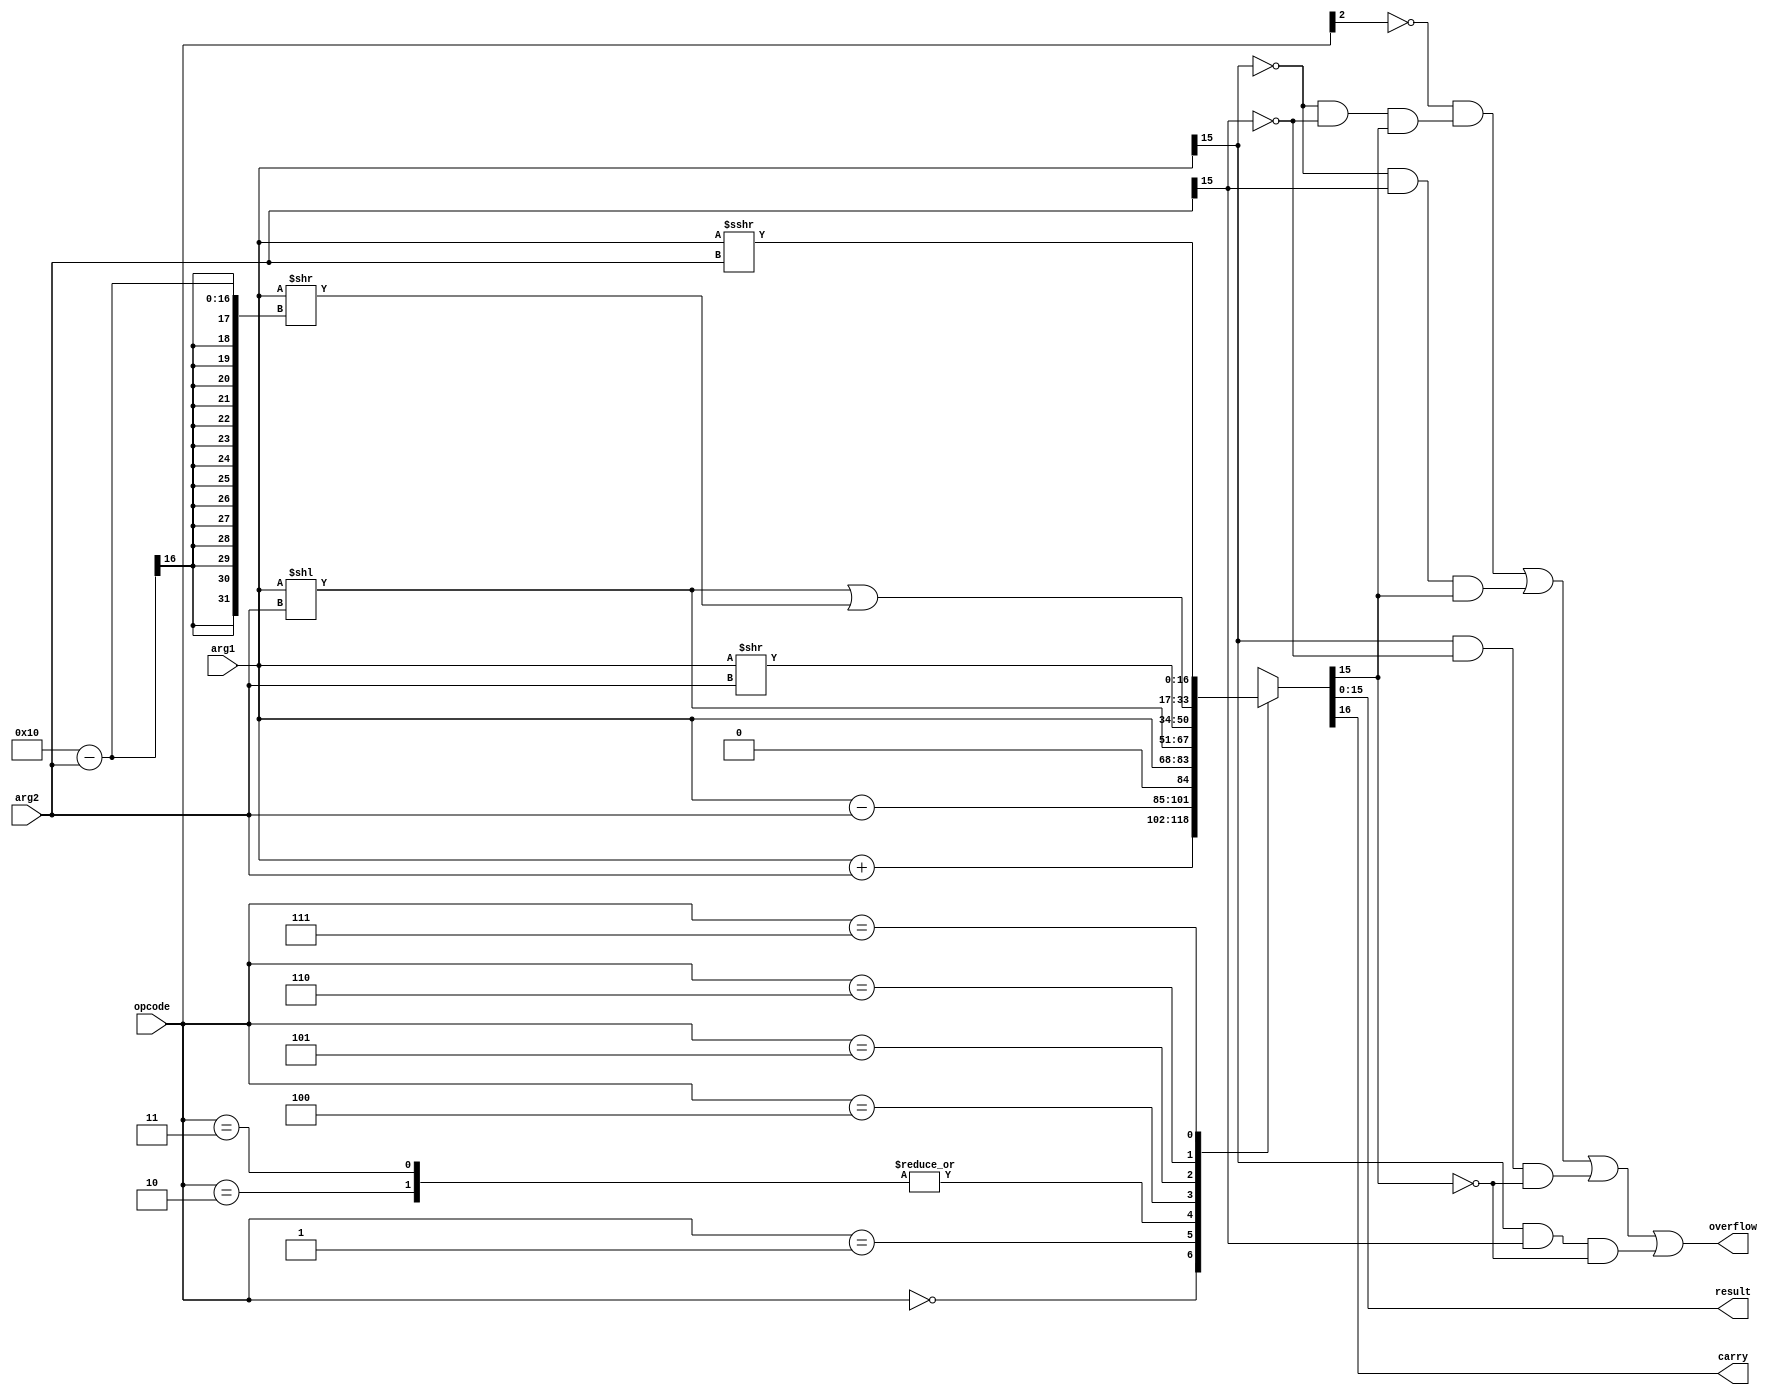
module au(
    input wire [2:0] opcode,
    input wire [15:0] arg1,
    input wire [15:0] arg2,
    output wire [15:0] result,
    output wire carry,
    output wire overflow);

wire signed [15:0] arg1s = arg1;

reg [16:0] tmp_out;

always @(*) begin
    case (opcode)
        3'b000:  tmp_out = arg1 + arg2;   // ADD
        3'b001:  tmp_out = arg1 - arg2;   // SUB
        3'b010:  tmp_out = arg1;          // NOP (handled elsewhere)
        3'b011:  tmp_out = arg1;          // NOP (handled elsewhere)
        3'b100:  tmp_out = arg1 << arg2;  // SHL
        3'b101:  tmp_out = arg1 >> arg2;  // SHR
        3'b110:  tmp_out = (arg1 << arg2) | (arg1 >> (16 - arg2)); // RTL
        3'b111:  tmp_out = arg1s >>> arg2; // SAR
        default: tmp_out = 16'bx;
    endcase
end

assign carry    = tmp_out[16];

wire s1 = arg1[15];
wire s2 = arg2[15];
wire so = tmp_out[15];

assign overflow = ~opcode[2] &
    (~s1 & ~s2 &  so) |
    (~s1 &  s2 &  so) |
    ( s1 & ~s2 & ~so) |
    ( s1 &  s2 & ~so);

assign result = tmp_out[15:0];

endmodule // au